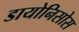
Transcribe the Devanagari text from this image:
डायोनिसोस